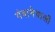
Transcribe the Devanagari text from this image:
गंवानेवाली